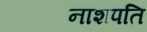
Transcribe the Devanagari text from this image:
नाशपति